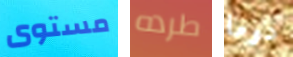
مستوى طرده دوما